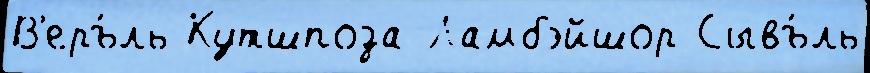
В'еръ́ль Кутшпоза Ламбэйшор Сывъ́ль